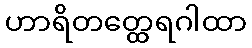
ဟာရိတတ္ထေရဂါထာ